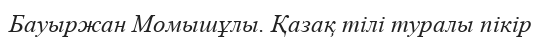
Бауыржан Момышұлы. Қазақ тілі туралы пікір